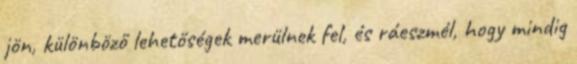
jön, különböző lehetőségek merülnek fel, és ráeszmél, hogy mindig